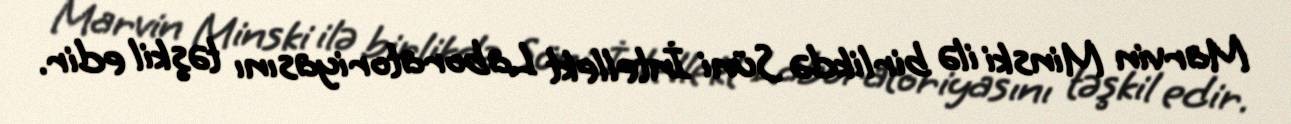
Marvin Minski ilə birlikdə Süni İntellekt Laboratoriyasını təşkil edir.